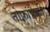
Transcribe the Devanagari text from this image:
तोफ़ांपैकी